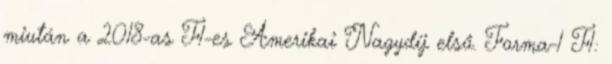
miután a 2018-as F1-es Amerikai Nagydíj első. Forma-1 F1: